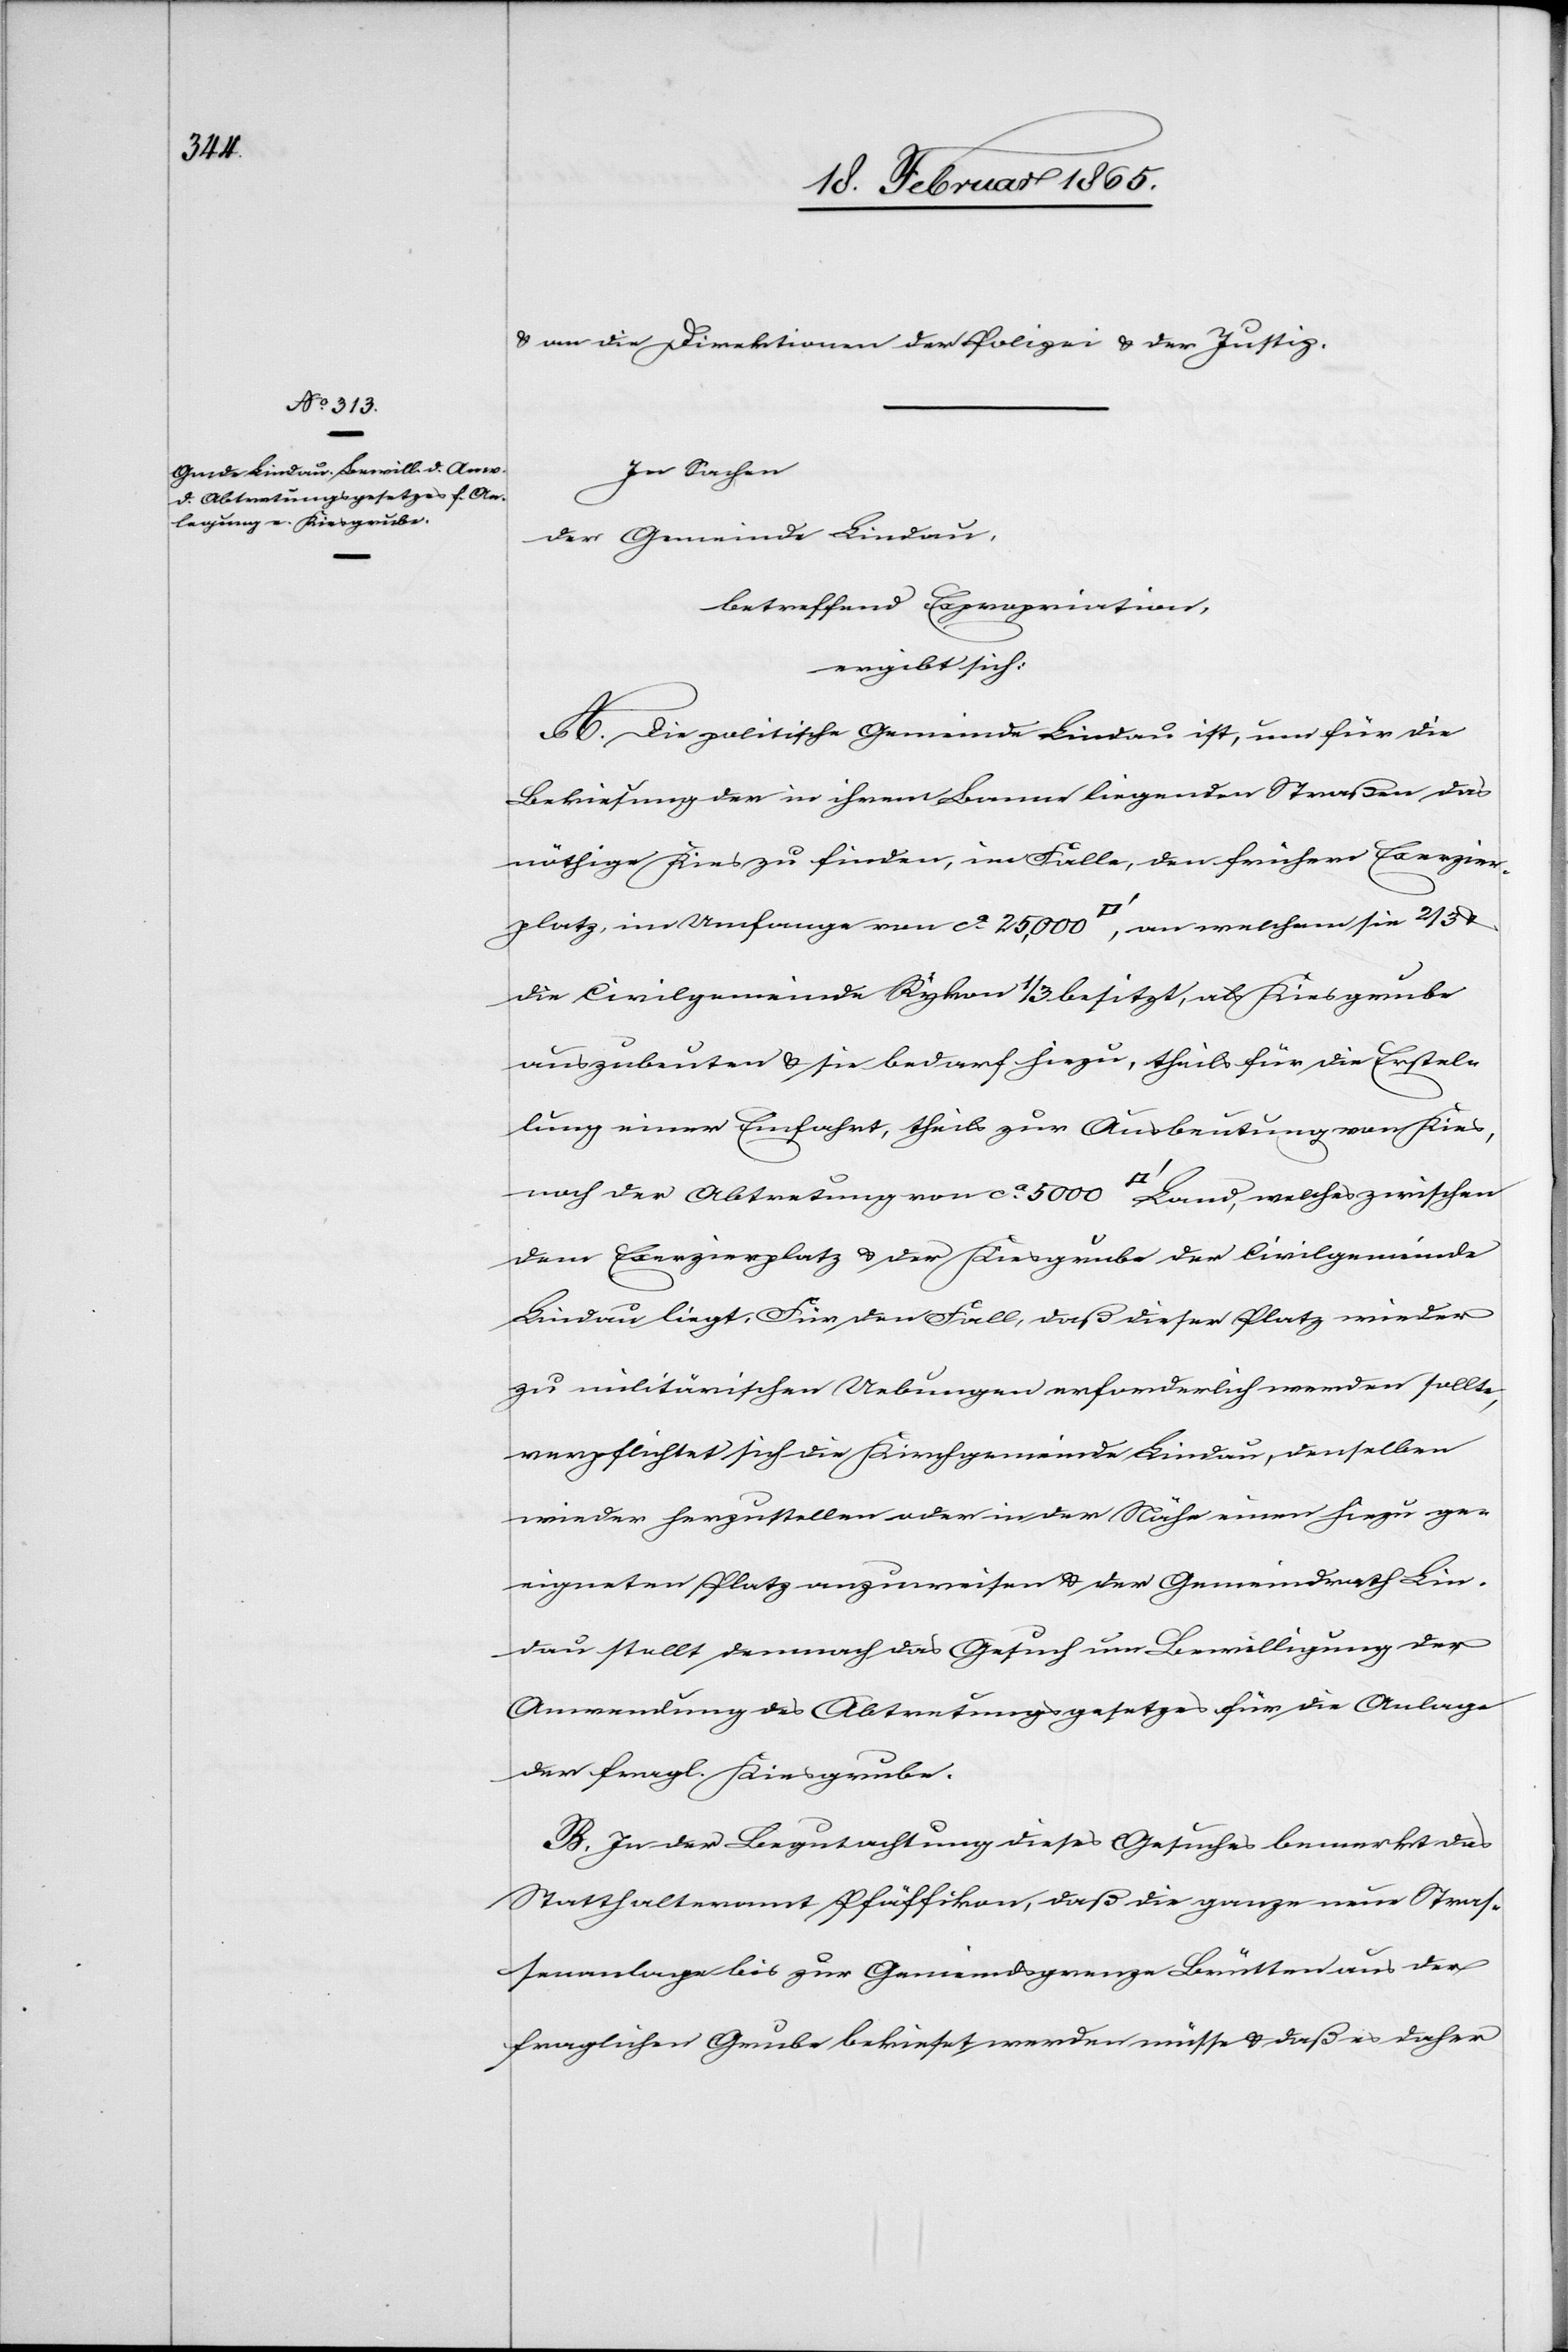
u. an die Direktion der Polizei u. der Justiz.
In Sachen
der Gemeinde Lindau,
betreffend Expropriation,
ergibt sich:
A. Die politische Gemeinde Lindau ist, um für die
Bekiesung der in ihrem Banne liegenden Straßen das
nöthige Kies zu finden, im Falle, den frühern Exerzier¬
platz, im Umfange von ca 25,000 [Quadratfuss], an welchem sie 2/3
die Civilgemeinde Rykon 1/3 besitzt, als Kiesgrube
auszubeuten u. sie bedarf hiezu, theils für die Erstel¬
lung einer Einfahrt, theils zur Ausbeutung von Kies,
noch der Abtretung von ca 5000 [Quadratfuss] Land, welches zwischen
dem Exerzierplatz u. der Kiesgrube der Civilgemeinde
Lindau liegt. Für den Fall, daß dieser Platz wieder
zu militärischen Uebungen erforderlich werden sollte,
verpflichtet sich die Kirchgemeinde Lindau, denselben
wieder herzustellen oder in der Nähe einen hiezu ge¬
eigneten Platz anzuweisen u. der Gemeindrath Lin¬
dau stellt demnach das Gesuch um Bewilligung der
Anwendung des Abtretungsgesetzes für die Anlage
der fragl. Kiesgrube.
B. In der Begutachtung dieses Gesuches bemerkt das
Statthalteramt Pfäffikon, daß die ganze neue Straß¬
enanlage bis zur Gemeindsgrenze Brütten aus der
fraglichen Grube bekieset werden müsse u. daß es daher